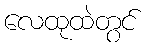
လေထုထဲတွင်